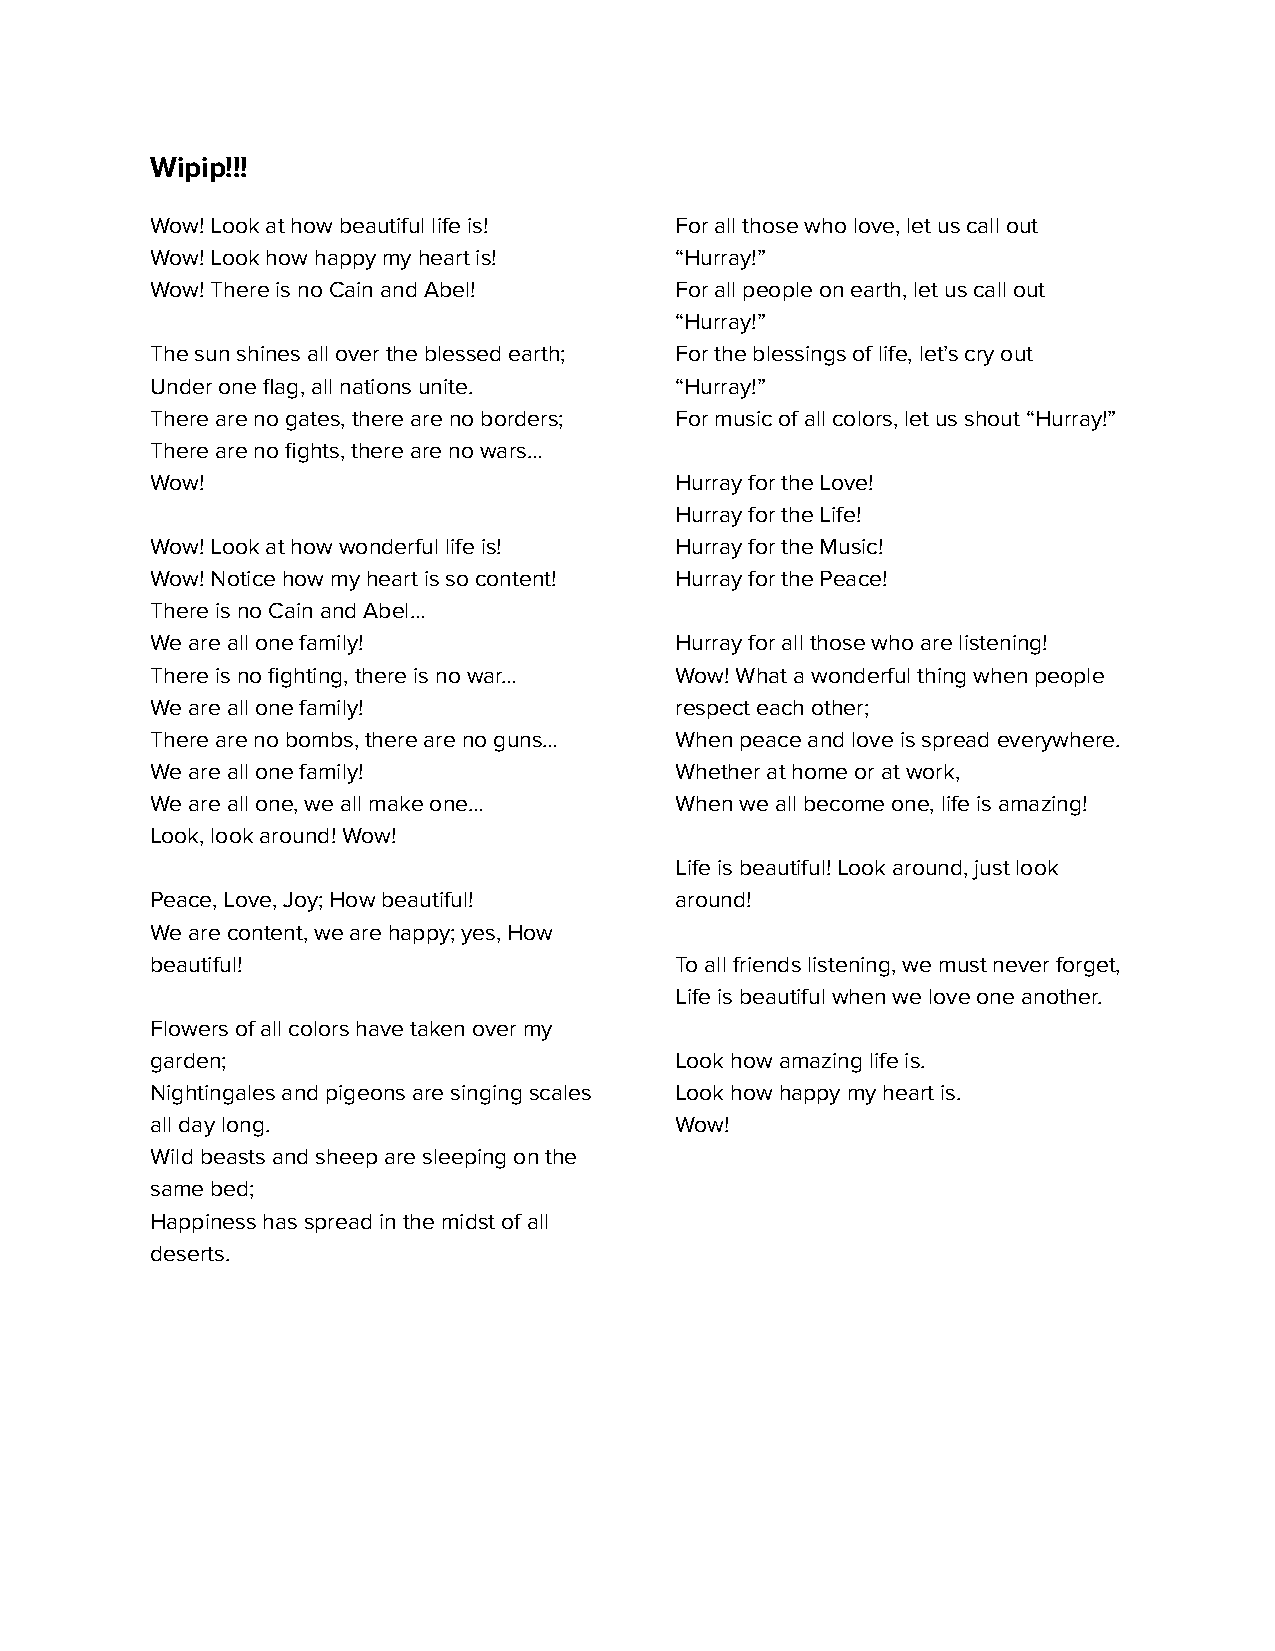
Wipip!!!
 Wow! Look at how beautiful life is! For all those who love, let us call out
 Wow! Look how happy my heart is!   “Hurray!”
 Wow! There is no Cain and Abel!    For all people on earth, let us call out
 “Hurray!”
 The sun shines all over the blessed earth; For the blessings of life, let’s cry out
 Under one flag, all nations unite. “Hurray!”
 There are no gates, there are no borders; For music of all colors, let us shout “Hurray!”
 There are no fights, there are no wars…
 Wow!                               Hurray for the Love!
 Hurray for the Life!
 Wow! Look at how wonderful life is! Hurray for the Music!
 Wow! Notice how my heart is so content! Hurray for the Peace!
 There is no Cain and Abel…
 We are all one family!             Hurray for all those who are listening!
 There is no fighting, there is no war… Wow! What a wonderful thing when people
 We are all one family!             respect each other;
 There are no bombs, there are no guns… When peace and love is spread everywhere.
 We are all one family!             Whether at home or at work,
 We are all one, we all make one…   When we all become one, life is amazing!
 Look, look around! Wow!
 Life is beautiful! Look around, just look
 Peace, Love, Joy; How beautiful!   around!
 We are content, we are happy; yes, How
 beautiful!                         To all friends listening, we must never forget,
 Life is beautiful when we love one another.
 Flowers of all colors have taken over my
 garden;                            Look how amazing life is.
 Nightingales and pigeons are singing scales Look how happy my heart is.
 all day long.                      Wow!
 Wild beasts and sheep are sleeping on the
 same bed;
 Happiness has spread in the midst of all
 deserts.